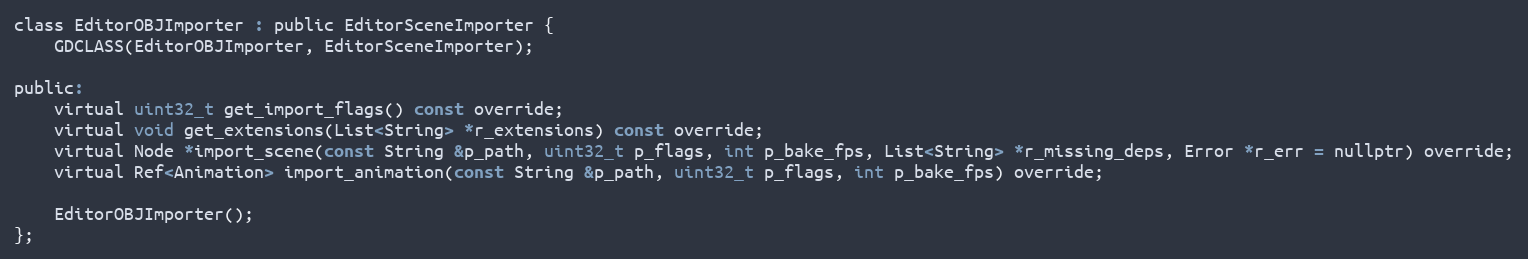
Language: C
class EditorOBJImporter : public EditorSceneImporter {
	GDCLASS(EditorOBJImporter, EditorSceneImporter);

public:
	virtual uint32_t get_import_flags() const override;
	virtual void get_extensions(List<String> *r_extensions) const override;
	virtual Node *import_scene(const String &p_path, uint32_t p_flags, int p_bake_fps, List<String> *r_missing_deps, Error *r_err = nullptr) override;
	virtual Ref<Animation> import_animation(const String &p_path, uint32_t p_flags, int p_bake_fps) override;

	EditorOBJImporter();
};